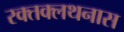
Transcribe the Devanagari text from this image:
रक्तक्लथनास